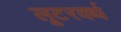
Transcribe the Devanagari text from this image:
लूटरवर्थ